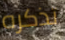
تذكره